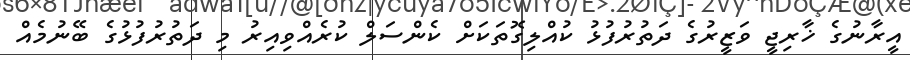
އީރާނުގެ ޚާރިޖީ ވަޒީރުގެ ދަތުރުފުޅު ކުއްލިގޮތަކަށް ކެންސަލް ކުރެއްވިއިރު މި ދަތުރުފުޅުގެ ބޭނުމެއް